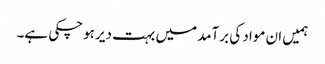
ہمیں ان مواد کی برآمد میں بہت دیر ہوچکی ہے۔